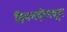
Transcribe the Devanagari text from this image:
हिमनदीमधून